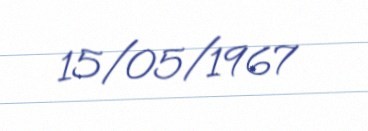
15/05/1967